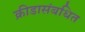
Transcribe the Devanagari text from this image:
क्रीडासंबधित